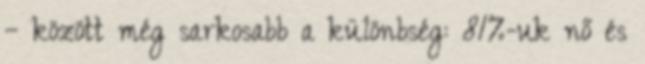
– között még sarkosabb a különbség: 81%-uk nő és